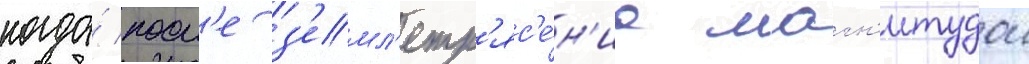
когда́ посл'е з'емл'етр'яс'е́н'иа магн'итудои